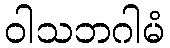
ဝါသဘဂါမံ